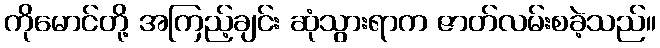
ကိုမောင်တို့ အကြည့်ချင်း ဆုံသွားရာက ဇာတ်လမ်းစခဲ့သည်။